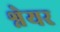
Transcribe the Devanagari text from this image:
श्नेयर